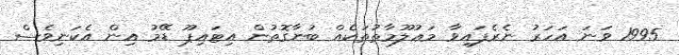
1995 ވަނަ އަހަރު ނެރެފައިވާ މަޢުލޫމާތުތަކެއް ބުނާގޮތުން އިޓައިޕޫ ޑޭމު އިން އެކަނިވެސް